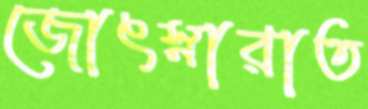
জোৎস্নারাত